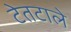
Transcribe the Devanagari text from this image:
टेतटाले